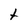
Character: t